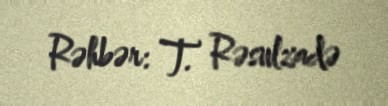
Rəhbər: T. Rəsulzadə